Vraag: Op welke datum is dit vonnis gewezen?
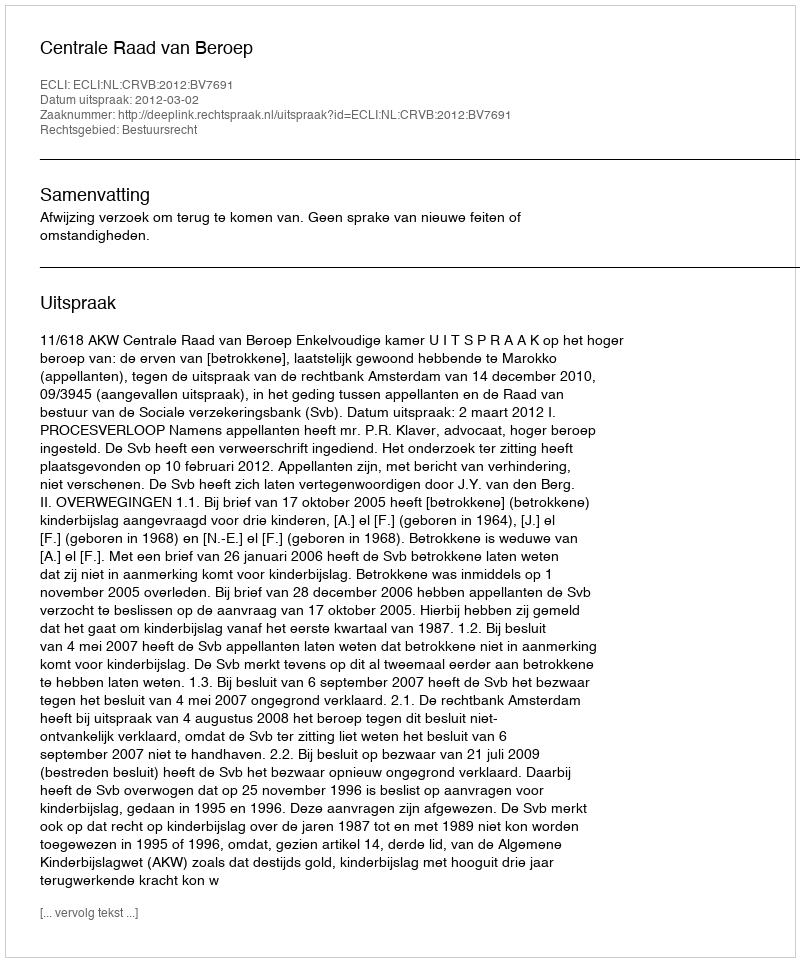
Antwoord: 2012-03-02